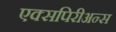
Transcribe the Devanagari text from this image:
एक्सपिरीअन्स